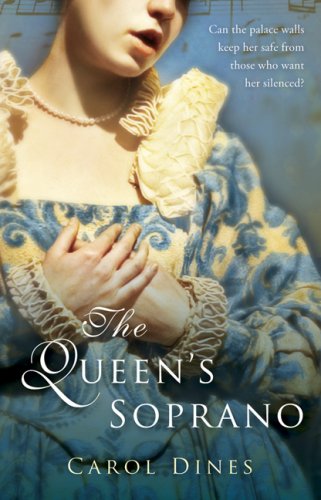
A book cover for The Queen's Soprano; Carol Dines; Teen & Young Adult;